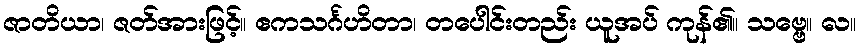
ဇာတိယာ၊ ဇတ်အားဖြင့်။ ဧကသင်္ဂဟိတာ၊ တပေါင်းတည်း ယူအပ် ကုန်၏။ သဗ္ဗေ။ လ။